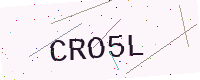
Text: CRO5L